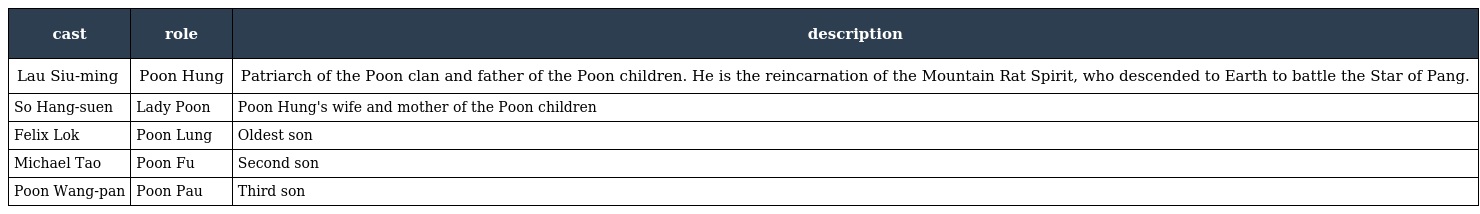
| cast | role | description |
 | --- | --- | --- |
 | Lau Siu-ming | Poon Hung | Patriarch of the Poon clan and father of the Poon children. He is the reincarnation of the Mountain Rat Spirit, who descended to Earth to battle the Star of Pang. |
 | So Hang-suen | Lady Poon | Poon Hung's wife and mother of the Poon children |
 | Felix Lok | Poon Lung | Oldest son |
 | Michael Tao | Poon Fu | Second son |
 | Poon Wang-pan | Poon Pau | Third son |